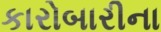
કારોબારીના